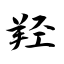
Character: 羟